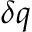
\delta q